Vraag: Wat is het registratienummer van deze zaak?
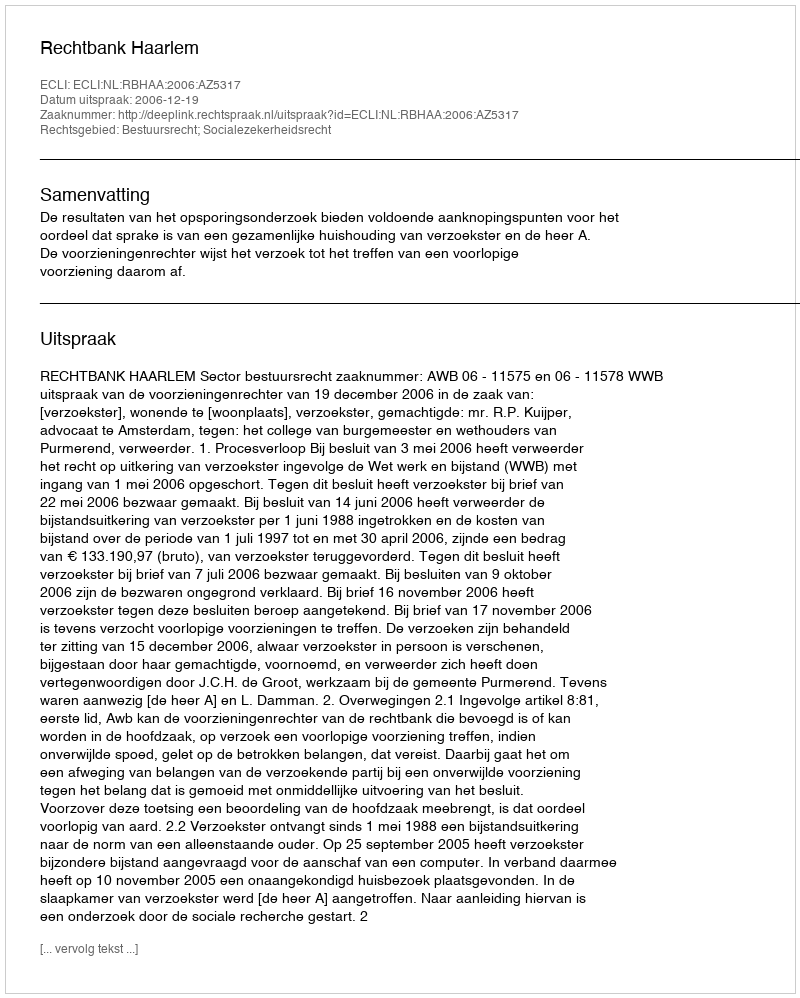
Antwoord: http://deeplink.rechtspraak.nl/uitspraak?id=ECLI:NL:RBHAA:2006:AZ5317